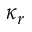
\kappa _ { r }